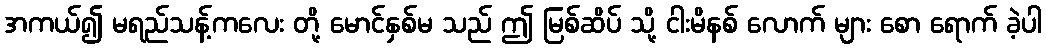
အကယ်၍ မရည်သန့်ကလေး တို့ မောင်နှစ်မ သည် ဤ မြစ်ဆိပ် သို့ ငါးမိနစ် လောက် များ စော ရောက် ခဲ့ပါ